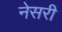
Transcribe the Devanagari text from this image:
नेसरी